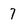
Character: 7